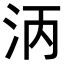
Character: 𬇞